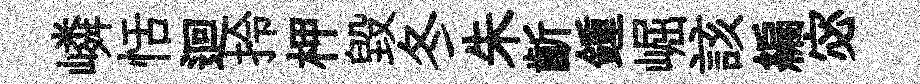
嶙恬迴拎柙毁冬朱齗鍾崛該編宓